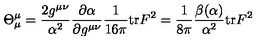
\Theta _ { \mu } ^ { \mu } = \frac { 2 g ^ { \mu \nu } } { \alpha ^ { 2 } } \frac { \partial \alpha } { \partial g ^ { \mu \nu } } \frac { 1 } { 1 6 \pi } \mathrm { t r } F ^ { 2 } = \frac { 1 } { 8 \pi } \frac { \beta ( \alpha ) } { \alpha ^ { 2 } } \mathrm { t r } F ^ { 2 }